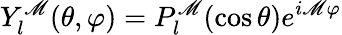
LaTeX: Y_{l}^{\mathscr{M}}(\theta,\varphi)=P_{l}^{\mathscr{M}}(\cos\theta)e^{i\mathscr{M}\varphi}